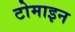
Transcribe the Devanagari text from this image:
टोमाइन